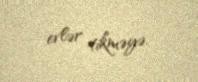
evlər tikməyə.